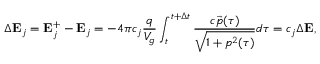
\Delta \mathbf { E } _ { j } = \mathbf { E } _ { j } ^ { + } - \mathbf { E } _ { j } = - 4 \pi c _ { j } \frac { q } { V _ { g } } \int _ { t } ^ { t + \Delta t } \frac { c \vec { p } ( \tau ) } { \sqrt { 1 + p ^ { 2 } ( \tau ) } } d \tau = c _ { j } \Delta \mathbf { E } ,